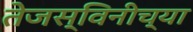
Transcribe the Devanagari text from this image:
तेजस्विनीच्या